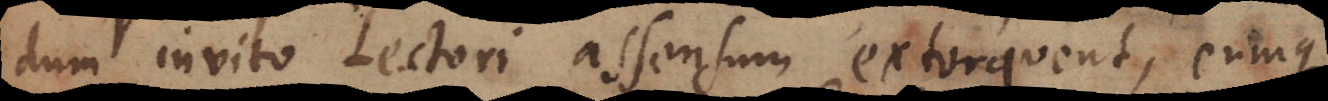
dum invito Lectori assensum extorquent, eumque